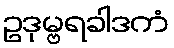
ဥဒုမ္ဗရခါဒကံ